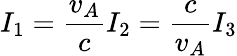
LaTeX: I_{1}=\frac{v_{A}}{c}I_{2}=\frac{c}{v_{A}}I_{3}